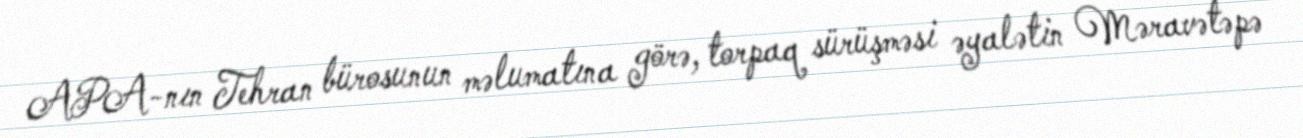
APA-nın Tehran bürosunun məlumatına görə, torpaq sürüşməsi əyalətin Məravətəpə